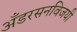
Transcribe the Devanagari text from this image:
अँडरसनविजयी